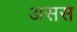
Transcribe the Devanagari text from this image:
असस